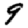
Digit: 9